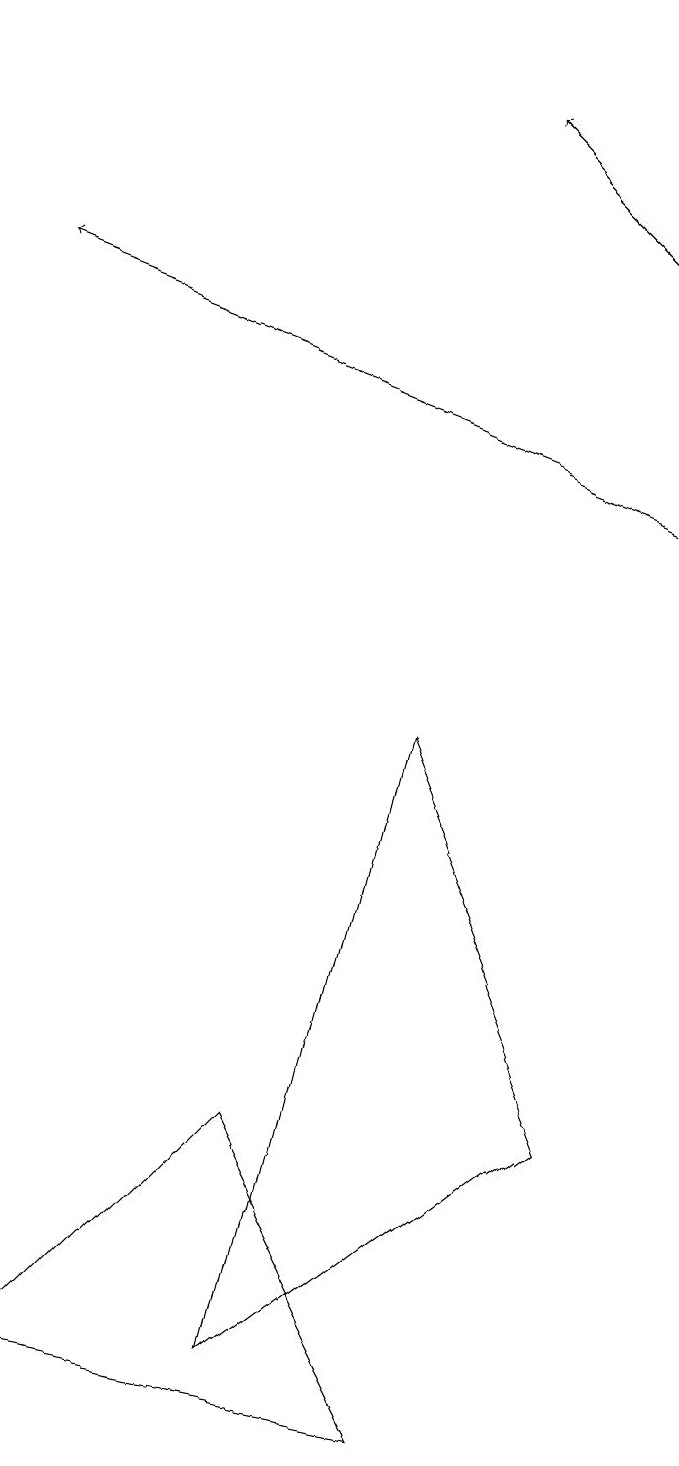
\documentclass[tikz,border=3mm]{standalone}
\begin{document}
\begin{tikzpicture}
\draw[->] (8,12) -- (0,15);
\draw (0,1) -- (3,4) -- (5,0) -- cycle;
\draw (7,18) rectangle (7,18);
\draw[->] (8,15) -- (6,17);
\draw (5,9) -- (3,1) -- (7,4) -- cycle;
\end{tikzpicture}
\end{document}